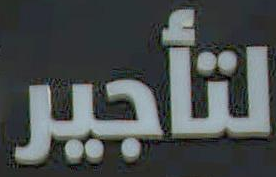
لتأجير